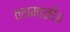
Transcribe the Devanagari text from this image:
वनमाळी॥